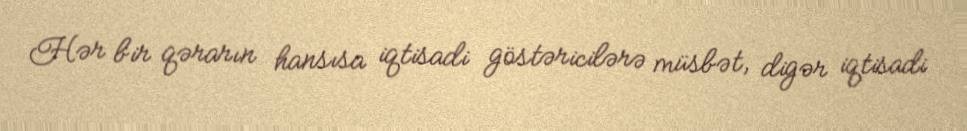
Hər bir qərarın hansısa iqtisadi göstəricilərə müsbət, digər iqtisadi